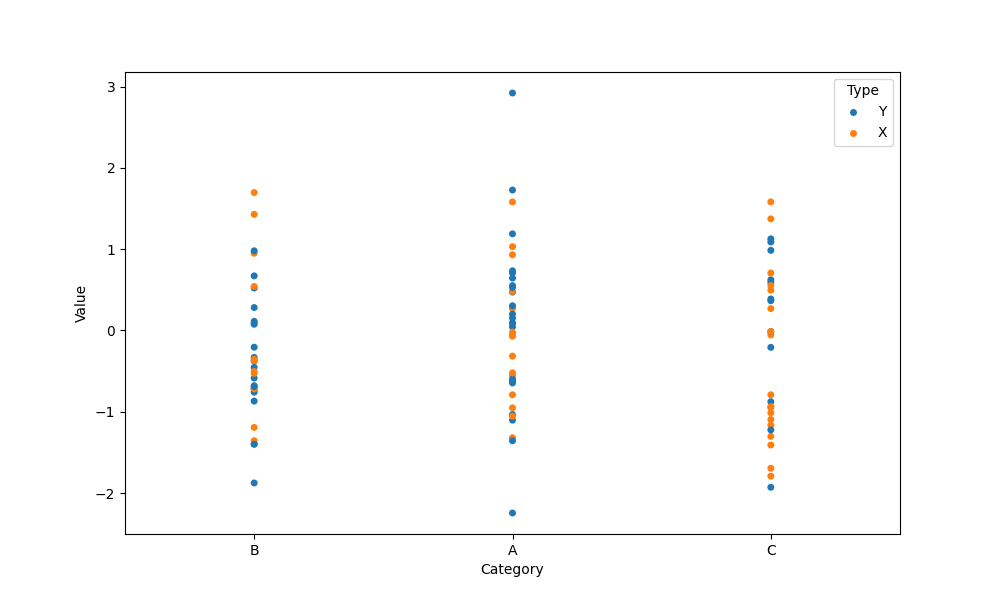
python, seaborn, stripplot, jitter=False, dodge=False, alpha=1.0, size=5